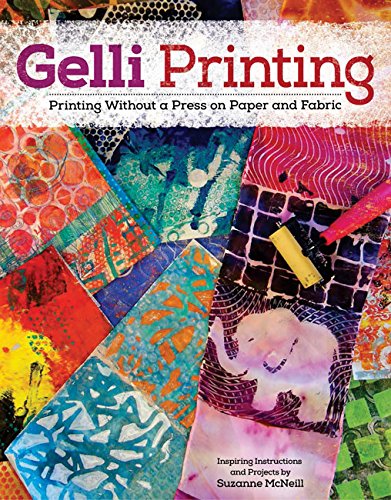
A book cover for Gelli Printing: Printing Without a Press on Paper and Fabric; Suzanne McNeill; Arts & Photography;